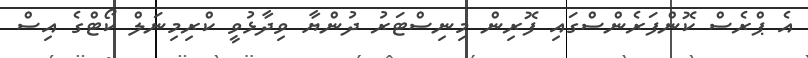
އެ ޕްރެސް ކޮންފަރެންސްގައި ފޮރިން މިނިސްޓަރު ދުންޔާ ވިދާޅުވީ ކްރިމިނަލް ކޯޓްގެ އިސް